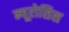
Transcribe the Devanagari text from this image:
न्यूरोसिस